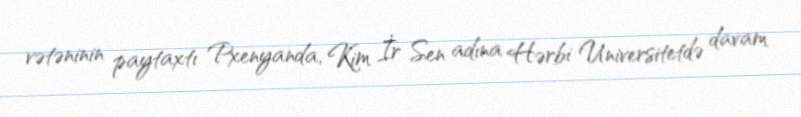
vətəninin paytaxtı Pxenyanda, Kim İr Sen adına Hərbi Universitetdə davam